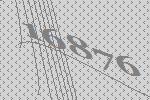
16876